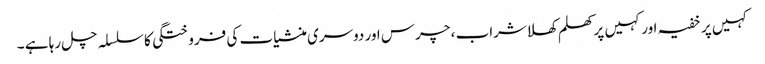
کہیں پر خفیہ اور کہیں پر کھلم کھلاشراب ، چرس اور دوسری منشیات کی فروختگی کا سلسلہ چل رہا ہے ۔